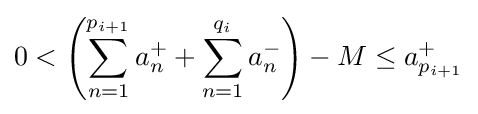
0<\left(\sum _{n=1}^{p_{i+1}}a_{n}^{+}+\sum _{n=1}^{q_{i}}a_{n}^{-}\right)-M\leq a_{p_{i+1}}^{+}